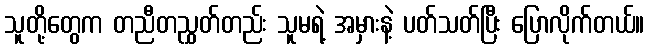
သူတို့တွေက တညီတညွှတ်တည်း သူမရဲ့ အမှားနဲ့ ပတ်သတ်ပြီး ပြောလိုက်တယ်။